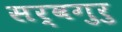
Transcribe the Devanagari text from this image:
सर्वगुरु